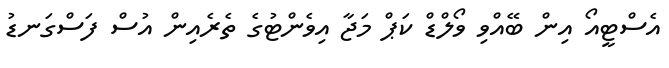
އެސްޓީއޯ އިން ބޭއްވި ވޯލްޑް ކަޕް މަޖާ އިވެންޓުގެ ތެރެއިން އުސް ފަސްގަނޑު